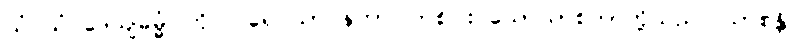
ယံ ယံ ဒေယျဓမ္မံ၊ ကို။ ပရေ ယာဝနကာ၊ တစ်ပါး သောယာစကာတို့သည်။ ယာစန္တိ၊